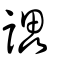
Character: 讄